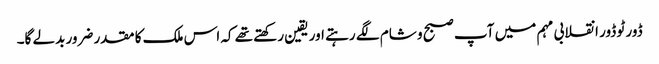
ڈور ٹو ڈور انقلابی مہم میں آپ صبح و شام لگے رہتے اور یقین رکھتے تھے کہ اس ملک کا مقدر ضرور بدلے گا۔